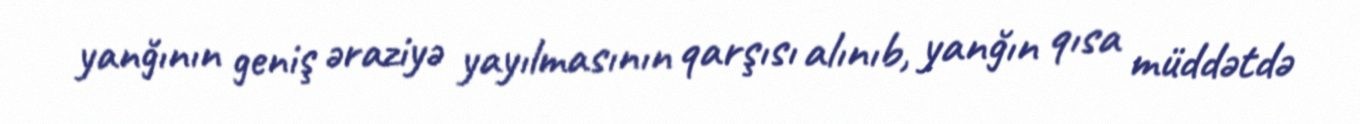
yanğının geniş əraziyə yayılmasının qarşısı alınıb, yanğın qısa müddətdə